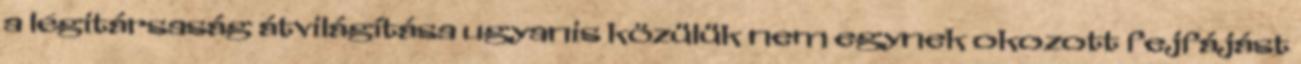
a légitársaság átvilágítása ugyanis közülük nem egynek okozott fejfájást